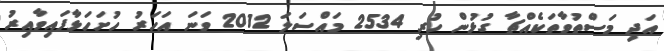
އަދި މަސްތުވާތަކެއްޗާ ގުޅުން ހުރި 2534 މައްސަލަ 2012 ވަނަ އަހަރު ހުށަހަޅާފައިވާއިރު